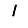
Digit: 1